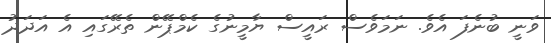
ވަނީ ބުނެފަ އެވެ. ނަމަވެސް ރައީސް ޔާމީނުގެ ކެމްޕޭން ތެރޭގައި އެ އަދަދު